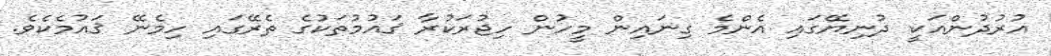
އުރުދުންއަކީ ދުނިޔޭގައި އެންމެ ގިނައިން މީހުން ހިޖުރަކުރާ ޤައުމުތަކުގެ ތެރޭގައި ހިމެނޭ ޤައުމެކެވެ.